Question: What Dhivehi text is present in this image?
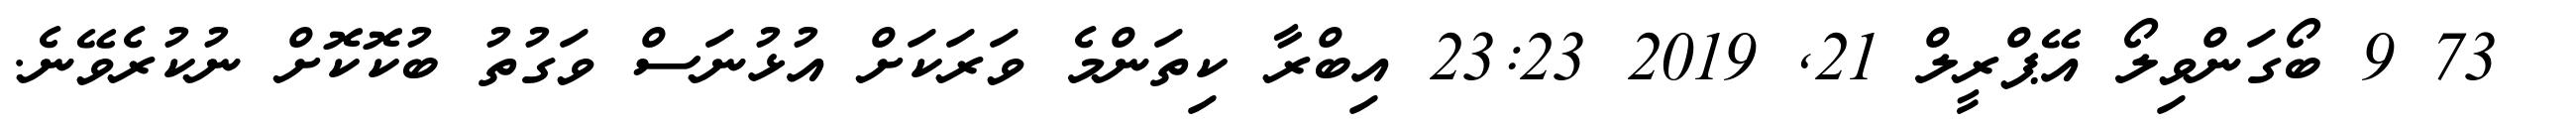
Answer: ? 73 9 ބޯގަންވިލޯ އޭޕްރީލް 21, 2019 23:23 އިބްރާ ކިތަންމެ ވަރަކަށް އުޅުނަސް ވަގުތު ބުކޮކޮށް ނުކުރެވޭނެ.